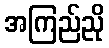
အကြည်ညို